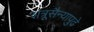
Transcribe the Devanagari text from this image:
शत्रूसैन्यापुढे